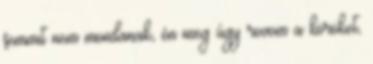
semmit nem mondanak, én meg úgy rovom a köröket,